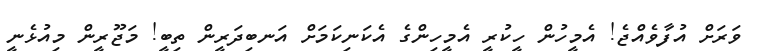
ވަރަށް އުފާވެއްޖެ! އެމީހުން ހީކުރީ އެމީހިންގެ އެކަނިކަމަށް އަނބިދަރީން ތިބީ! މަޖޫރީން މިއުޅެނީ